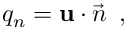
{ q _ { n } = { \bf u } \cdot \vec { n } \, \mathrm { ~ , ~ } }